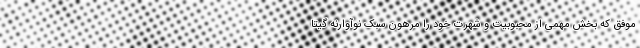
موفق که بخش مهمی از محبوبیت و شهرت خود را مرهون سبک نوآوارنه گیتا